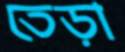
তেড়া